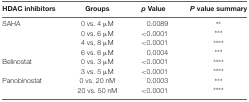
| HDAC inhibitors | Groups | p Value | P value summary |
 | --- | --- | --- | --- |
 | SAHA | 0 vs. 4 μM | 0.0089 | ** |
 |  | 0 vs. 6 μM | <0.0001 | *** |
 |  | 4 vs. 8 μM | <0.0001 | **** |
 |  | 6 vs. 6 μM | 0.0004 | *** |
 | Belinostat | 0 vs. 3 μM | <0.0001 | **** |
 |  | 3 vs. 5 μM | <0.0001 | **** |
 | Panobinostat | 0 vs. 20 nM | 0.0003 | *** |
 |  | 20 vs. 50 nM | <0.0001 | **** |